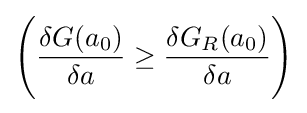
{\Biggl (}{\frac {\delta G(a_{0})}{\delta a}}\geq {\frac {\delta G_{R}(a_{0})}{\delta a}}{\Biggr )}